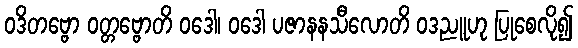
ဝဒိတဗ္ဗော ဝတ္တဗ္ဗောတိ ဝဒေါ၊ ဝဒေါ ပဇာနနသီလောတိ ဝဒညူဟု ပြုစေလို၍